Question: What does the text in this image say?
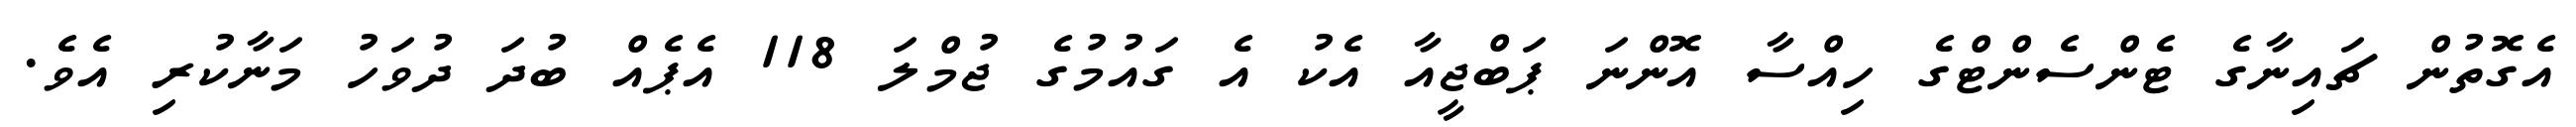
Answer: އެގޮތުން ޗައިނާގެ ޓެންސެންޓްގެ ހިއްސާ އޮންނަ ޕަބްޖީއާ އެކު އެ ގައުމުގެ ޖުމްލަ 118 އެޕެއް ބުދަ ދުވަހު މަނާކުރި އެވެ.